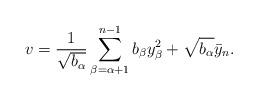
LaTeX: \begin{align*}v = \frac{1}{\sqrt{b_\alpha}} \sum_{\beta=\alpha+1}^{n-1} b_\beta y_\beta^2 + \sqrt{b_\alpha} \bar{y}_n.\end{align*}